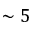
\sim 5